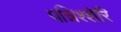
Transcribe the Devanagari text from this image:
पन्निश्शेरि